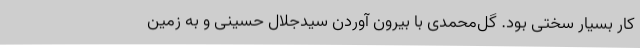
کار بسیار سختی بود. گل‌محمدی با بیرون آوردن سیدجلال حسینی و به زمین